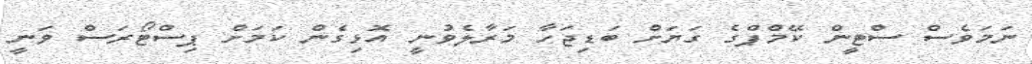
ނަމަވެސް ސްޓީން ކޭމްޕްގެ ގަޔަށް ބަޑިޖަހާ މަރާލެވުނީ އޮޅިގެން ކަމަށް ޕިސްޓޯރަސް ވަނީ